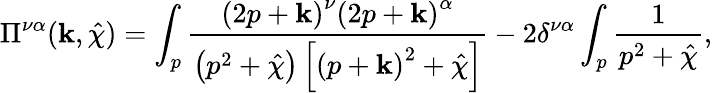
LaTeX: \Pi^{\nu\alpha}(\mathbf{k},\hat{{\chi}})=\int_{p}\frac{{\left(2p+\mathbf{k}\right)^{\nu}\left(2p+\mathbf{k}\right)^{\alpha}}}{{\left(p^{2}+\hat{{\chi}}\right)\left[\left(p+\mathbf{k}\right)^{2}+\hat{{\chi}}\right]}}-2\delta^{\nu\alpha}\int_{p}\frac{{1}}{{p^{2}+\hat{{\chi}}}},